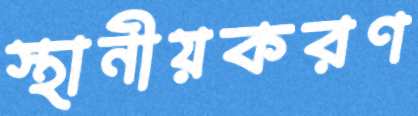
স্থানীয়করণ